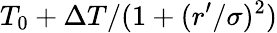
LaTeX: T_{0}+\Delta T/(1+(r^{\prime}/\sigma)^{2})